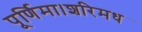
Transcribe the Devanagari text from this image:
पूर्णिमा।शरिमध